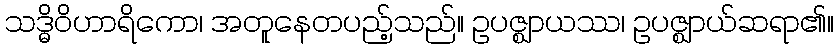
သဒ္ဓိဝိဟာရိကော၊ အတူနေတပည့်သည်။ ဥပဇ္ဈာယဿ၊ ဥပဇ္ဈာယ်ဆရာ၏။